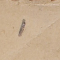
١